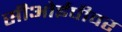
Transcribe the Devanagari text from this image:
सीओईपीवर